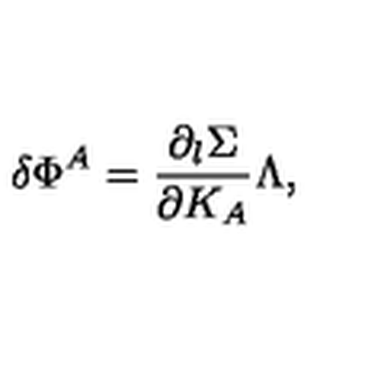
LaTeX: \delta \Phi ^ { A } = { \frac { \partial _ { l } \Sigma } { \partial K _ { A } } } \Lambda ,